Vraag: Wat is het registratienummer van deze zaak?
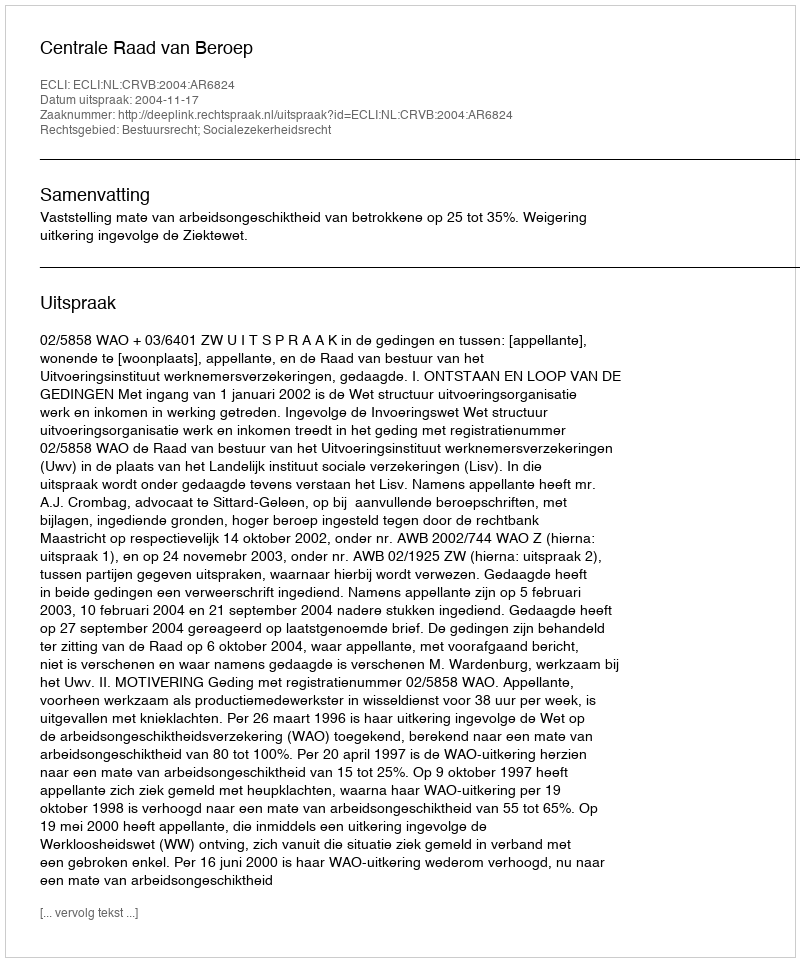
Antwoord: http://deeplink.rechtspraak.nl/uitspraak?id=ECLI:NL:CRVB:2004:AR6824